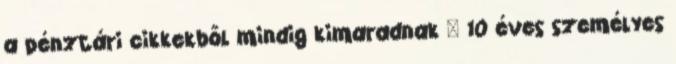
a pénztári cikkekből mindig kimaradnak – 10 éves személyes